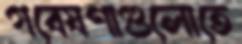
গবেষণাগুলোতে